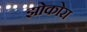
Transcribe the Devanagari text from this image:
झोकोरा